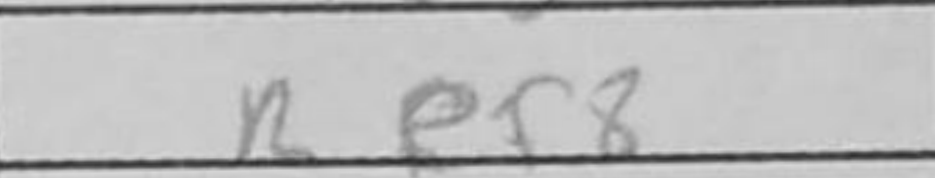
Transcription: Ref8